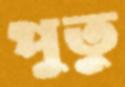
পুতু